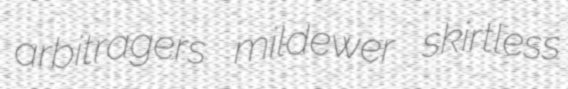
arbitragers mildewer skirtless